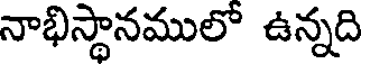
నాభిస్థానములో ఉన్నది